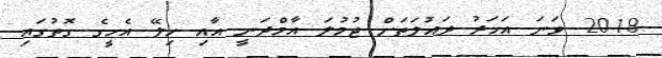
2018 ވަނަ އަހަރު ދައުލަތަށް ޖުމުލަ އާމްދަނީ އާއި ހިލޭ އެހީގެ ގޮތުގައި